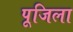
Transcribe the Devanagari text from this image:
पूजिला